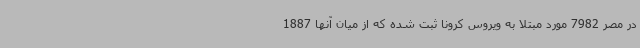
در مصر 7982 مورد مبتلا به ویروس کرونا ثبت شده که از میان آنها 1887